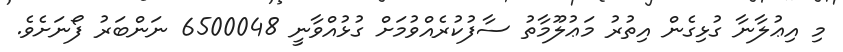
މި އިޢުލާނާ ގުޅިގެން އިތުރު މަޢުލޫމާތު ސާފުކުރެއްވުމަށް ގުޅުއްވާނީ 6500048 ނަންބަރު ފޯނަށެވެ.